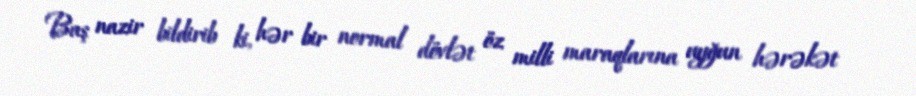
Baş nazir bildirib ki, hər bir normal dövlət öz milli maraqlarına uyğun hərəkət